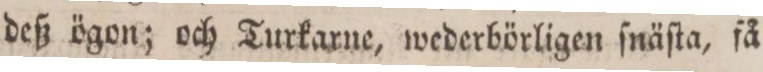
deß ögon; och Turkarne, wederbörligen ſnäſta, få